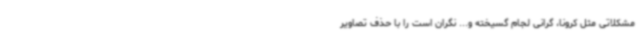
مشکلاتی مثل کرونا، گرانی لجام گسیخته و... نگران است را با حذف تصاویر